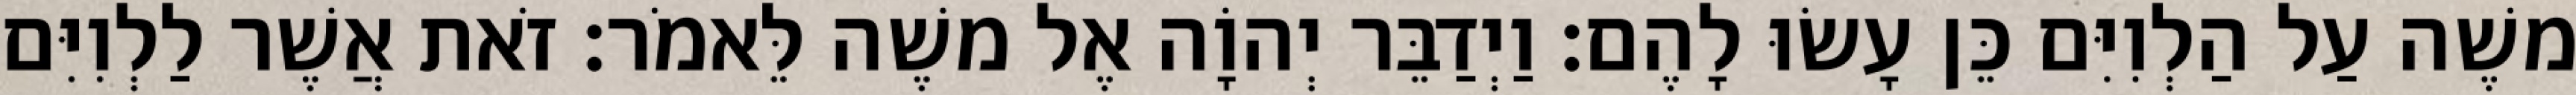
משֶׁה עַל הַלְוִיִּם כֵּן עָשׂוּ לָהֶם׃ וַיְדַבֵּר יְהוָֹה אֶל משֶׁה לֵּאמֹר׃ זֹאת אֲשֶׁר לַלְוִיִּם